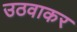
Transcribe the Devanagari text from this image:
उठवाकर